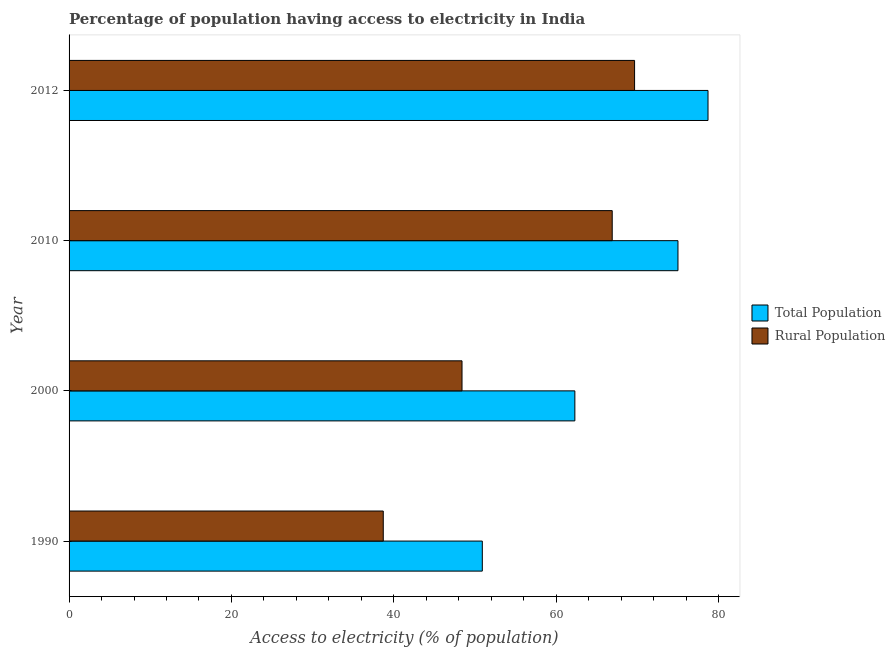
| Year | Total Population | Rural Population |
 | --- | --- | --- |
 | 1990 | 50.9 | 38.7 |
 | 2000 | 62.3 | 48.4 |
 | 2010 | 75 | 66.9 |
 | 2012 | 78.7 | 69.7 |